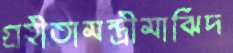
গ্রহীতামন্ত্রীমাঝিদ